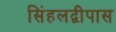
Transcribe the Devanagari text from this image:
सिंहलद्वीपास